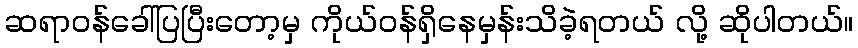
ဆရာဝန်ခေါ်ပြပြီးတော့မှ ကိုယ်ဝန်ရှိနေမှန်းသိခဲ့ရတယ် လို့ ဆိုပါတယ်။